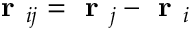
\textbf { r } _ { i j } = \textbf { r } _ { j } - \textbf { r } _ { i }